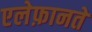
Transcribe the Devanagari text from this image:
एलेफ़ानते